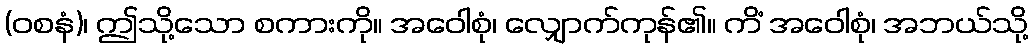
(ဝစနံ)၊ ဤသို့သော စကားကို။ အဝေါစုံ၊ လျှောက်ကုန်၏။ ကိံ အဝေါစုံ၊ အဘယ်သို့